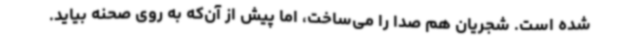
شده است. شجریان هم صدا را می‌ساخت، اما پیش از آن‌که به روی صحنه بیاید.